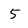
Character: 5